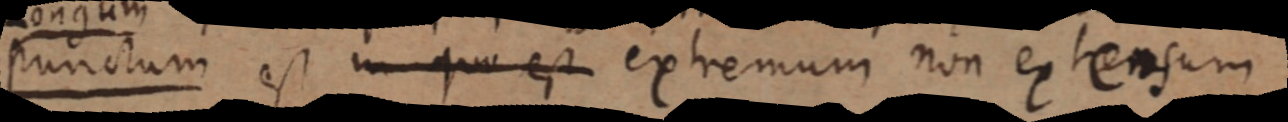
punctum est in quo est extremum non extensum